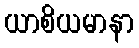
ယာစိယမာနာ